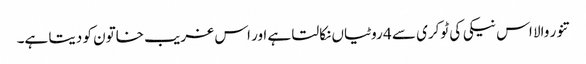
تنور والا اس نیکی کی ٹوکری سے 4 روٹیاں نکالتا ہے اور اس غریب خاتون کو دیتا ہے۔